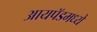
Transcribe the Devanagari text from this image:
आयपॅडमध्ये